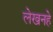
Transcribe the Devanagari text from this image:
लेखनहे